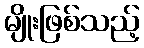
မျိုးဖြစ်သည့်